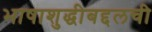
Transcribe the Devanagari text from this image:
भाषाशुद्धीबद्दलची